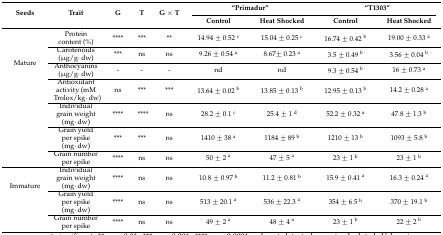
<table><thead><tr><td rowspan="2"><b>Seeds</b></td><td rowspan="2"><b>Trait</b></td><td rowspan="2"><b>G</b></td><td rowspan="2"><b>T</b></td><td rowspan="2"><b>G × T</b></td><td colspan="2"><b>“Primadur”</b></td><td colspan="2"><b>“T1303”</b></td></tr><tr><td><b>Control</b></td><td><b>Heat Shocked</b></td><td><b>Control</b></td><td><b>Heat Shocked</b></td></tr></thead><tbody><tr><td rowspan="7">Mature</td><td>Protein content (%)</td><td>****</td><td>***</td><td>**</td><td>14.94 ± 0.52 <sup>c</sup></td><td>15.04 ± 0.25 <sup>c</sup></td><td>16.74 ± 0.42 <sup>b</sup></td><td>19.00 ± 0.33 <sup>a</sup></td></tr><tr><td>Carotenoids (μg/g·dw)</td><td>***</td><td>ns</td><td>ns</td><td>9.26 ± 0.54 <sup>a</sup></td><td>8.67± 0.23 <sup>a</sup></td><td>3.5 ± 0.49 <sup>b</sup></td><td>3.56 ± 0.04 <sup>b</sup></td></tr><tr><td>Anthocyanins (μg/g·dw)</td><td>-</td><td>-</td><td>-</td><td>nd</td><td>nd</td><td>9.3 ± 0.54 <sup>b</sup></td><td>16 ± 0.73 <sup>a</sup></td></tr><tr><td>Antioxidant activity (mM Trolox/kg·dw)</td><td>ns</td><td>***</td><td>***</td><td>13.64 ± 0.02 <sup>b</sup></td><td>13.85 ± 0.13 <sup>b</sup></td><td>12.95 ± 0.13 <sup>b</sup></td><td>14.2 ± 0.28 <sup>a</sup></td></tr><tr><td>Individual grain weight (mg·dw)</td><td>****</td><td>****</td><td>ns</td><td>28.2 ± 0.1 <sup>c</sup></td><td>25.4 ± 1 <sup>d</sup></td><td>52.2 ± 0.32 <sup>a</sup></td><td>47.8 ± 1.3 <sup>b</sup></td></tr><tr><td>Grain yield per spike (mg·dw)</td><td>***</td><td>***</td><td>ns</td><td>1410 ± 38 <sup>a</sup></td><td>1184 ± 89 <sup>b</sup></td><td>1210 ± 13 <sup>b</sup></td><td>1093 ± 5.8 <sup>b</sup></td></tr><tr><td>Grain number per spike </td><td>****</td><td>ns</td><td>ns</td><td>50 ± 2 <sup>a</sup></td><td>47 ± 5 <sup>a</sup></td><td>23 ± 1 <sup>b</sup></td><td>23 ± 1 <sup>b</sup></td></tr><tr><td rowspan="3">Immature</td><td>Individual grain weight (mg·dw)</td><td>****</td><td>ns</td><td>ns</td><td>10.8 ± 0.97 <sup>b</sup></td><td>11.2 ± 0.81 <sup>b</sup></td><td>15.9 ± 0.41 <sup>a</sup></td><td>16.3 ± 0.24 <sup>a</sup></td></tr><tr><td>Grain yield per spike (mg·dw)</td><td>****</td><td>ns</td><td>ns</td><td>513 ± 20.1 <sup>a</sup></td><td>536 ± 22.3 <sup>a</sup></td><td>354 ± 6.5 <sup>b</sup></td><td>370 ± 19.1 <sup>b</sup></td></tr><tr><td>Grain number per spike </td><td>****</td><td>ns</td><td>ns</td><td>49 ± 2 <sup>a</sup></td><td>48 ± 4 <sup>a</sup></td><td>23 ± 1 <sup>b</sup></td><td>22 ± 2 <sup>b</sup></td></tr></tbody></table>